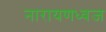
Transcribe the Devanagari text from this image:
नारायणध्वज